Regulations for the medical services of the Army of India
Year: 1930
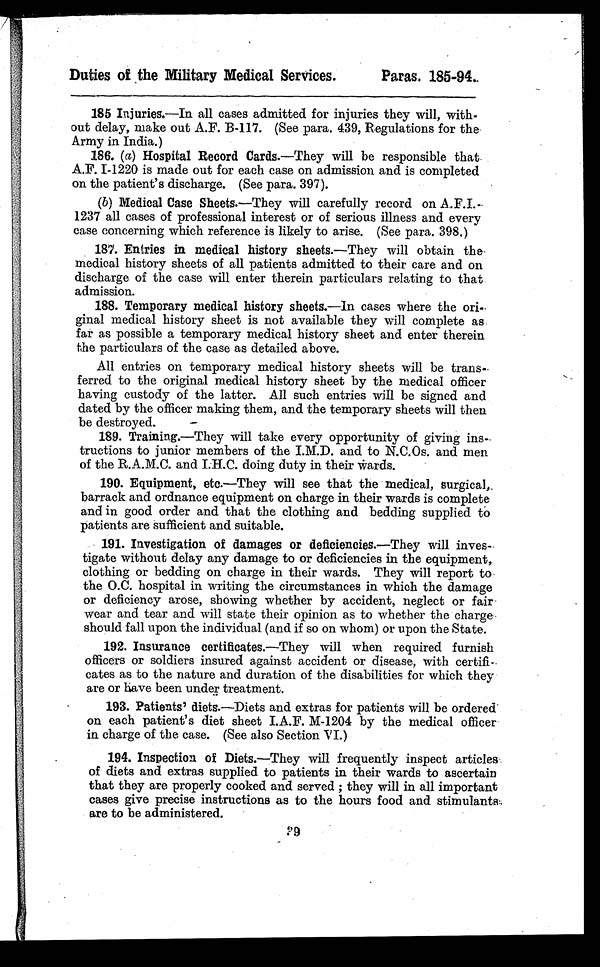
Duties of the Military Medical Services.
Paras. 185-94.
185 Injuries.—In all cases admitted for injuries they will, with
-out delay, make out A.F. B-117. (See para. 439, Regulations for the
Army in India.)
186. (a) Hospital Record Cards.—They will be responsible that
A.F. I-1220 is made out for each case on admission and is completed
on the patient's discharge. (See para. 39 7 ).
(b) Medical Case Sheets. —They will carefully record on A.F.I.-
1237 all cases of professional interest or of serious illness and every
case concerning which reference is likely to arise. (See para. 398.)
187. Entries in medical history sheets. —They will obtain the
medical history sheets of all patients admitted to their care and on
discharge of the case will enter therein particulars relating to that
admission.
188. Temporary medical history sheets. —In cases where the ori-
ginal medical history sheet is not available they will complete as
far as possible a temporary medical history sheet and enter therein
the particulars of the case as detailed above.
All entries on temporary medical history sheets will be trans
-ferred to the original medical history sheet by the medical officer
having custody of the latter. All such entries will be signed and
dated by the officer making them, and the temporary sheets will then
be destroyed.
189. Training.—They will take every opportunity of giving ins
- t r u c t i o n s t o j u n i o r m e m b e r s o f t h e I . M . D . a n d t o N . C . O s . a n d m e n
of the R.A.M.C. and I.H.C. doing duty in their wards.
190. Equipment, etc.—They will see that the medical, surgical,
barrack and ordnance equipment on charge in their wards is complete
and in good order and that the clothing and bedding supplied to
patients are sufficient and suitable.
191. Investigation of damages or deficiencies. —They will inves
- t i g a t e w i t h o u t d e l a y a n y d a m a g e t o o r d e f i c i e n c i e s i n t h e e q u i p m e n t ,
clothing or bedding on charge in their wards. They will report to
the O.C. hospital in writing the circumstances in which the damage
or deficiency arose, showing whether by accident, neglect or fair
wear and tear and will state their opinion as to whether the charge
should fall upon the individual (and if so on whom) or upon the State.
192. Insurance certificates. —They will when required furnish
officers or soldiers insured against accident or disease, with certifi-
cates as to the nature and duration of the disabilities for which they
are or have been under treatment.
193. Patients' diets. —Diets and extras for patients will be ordered
on each patient's diet sheet I.A.F. M-1204 by the medical officer
in charge of the case. (See also Section VI.)
194. Inspection of Diets.—They will frequently inspect articles
of diets and extras supplied to patients in their wards to ascertain
that they are properly cooked and served ; they will in all important
cases give precise instructions as to the hours food and stimulants
are to be administered.